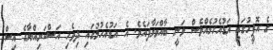
ގެ އޮފީހުގައި އަޑުއެހުމެއްވެސް ވަނީ ބާއްވަވާފައެވެ. އެ އަޑުއެހުމުގައި ދިވެހި އަސްކަރިއްޔާގެ އިސް